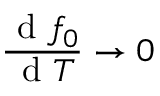
\frac { \mathrm { ~ d ~ } f _ { 0 } } { \mathrm { ~ d ~ } T } \rightarrow 0